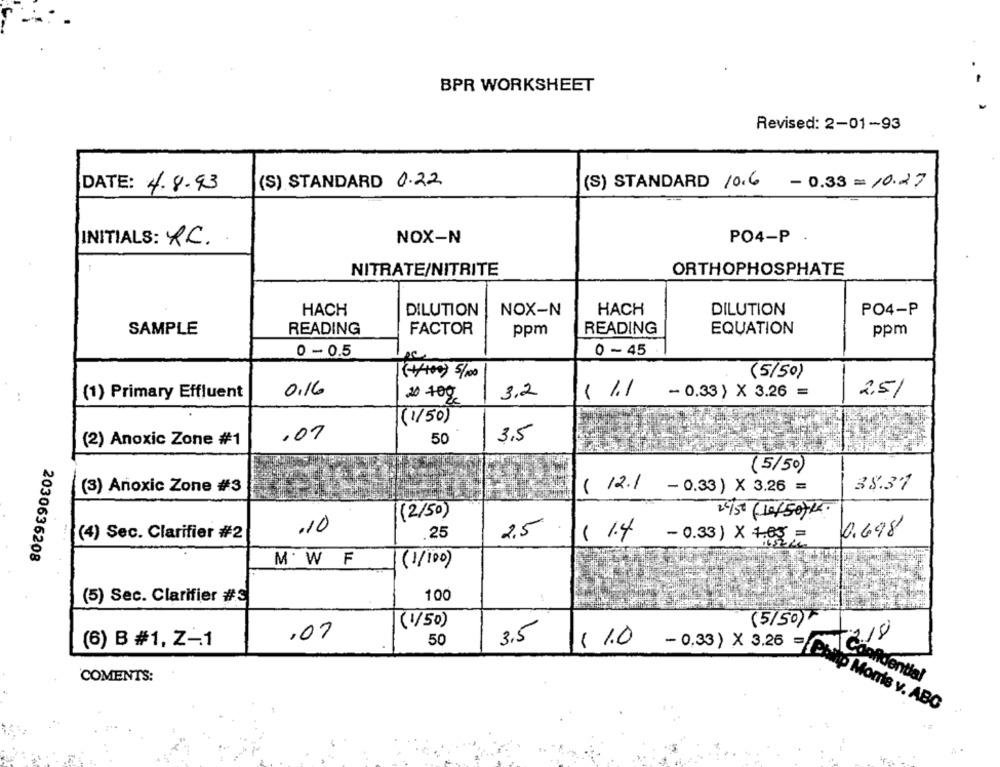
BPR WORKSHEET
Revised: 2-01-93
(S) STANDARD 0.22
(S) STANDARD 10.6 - 0.33 = 10.27
DATE: 4.8.93
NOX-N
PO4-P .
INITIALS: R.C.
NITRATE/NITRITE
ORTHOPHOSPHATE
HACH
DILUTION
NOX-N
HACH
DILUTION
PO4-P
READING
FACTOR
READING
EQUATION
SAMPLE
ppm
ppm
0 - 0.5
0 -45
(+/100) 5/100
(5/50)
0.16
(1) Primary Effluent
20 +00
3.2
$ 1.1
- 0.33 ) X 3.26 =
2.5/
(1/50)
.07
3.5
(2) Anoxic Zone #1
50
(5/50)
(3) Anoxic Zone #3
( 12.1 - 0.33) × 3.26 =
38.31
(2/50)
20/50 (10/50)4.
.10
(4) Sec. Clarifier #2
.25
2.5
( 1.4
0.698
- 0.33) X 163
2030636208
MW F
(1/100)
(5) Sec. Clarifier #3
100
(5/50)-
(1/50)
,07
(6) B #1. Z-1
50
3.5
1 1.0
- 0.33 ) X 3.26 = P&J Confidential
COMENTS:
ip Morris v. ABC